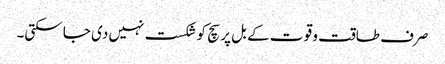
صرف طاقت و قو ت کے بل پر سچ کو شکست نہیں دی جا سکتی۔